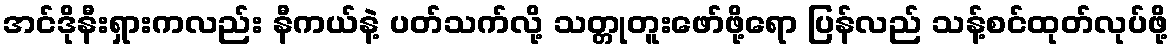
အင်ဒိုနီးရှားကလည်း နီကယ်နဲ့ ပတ်သက်လို့ သတ္တုတူးဖော်ဖို့ရော ပြန်လည် သန့်စင်ထုတ်လုပ်ဖို့